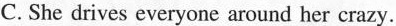
C. She drives everyone around her crazy.